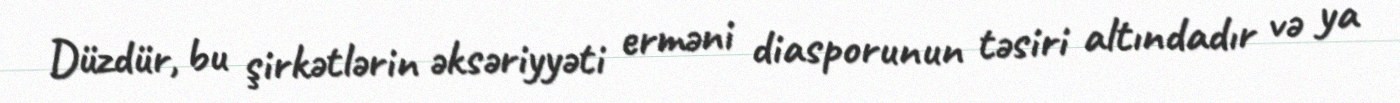
Düzdür, bu şirkətlərin əksəriyyəti erməni diasporunun təsiri altındadır və ya